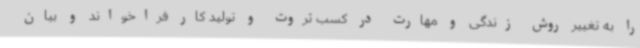
را به تغییر روش زندگی و مهارت در کسب ثروت و تولید کار فراخواند و بیان